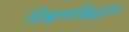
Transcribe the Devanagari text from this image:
शिक्षणसिद्धांत